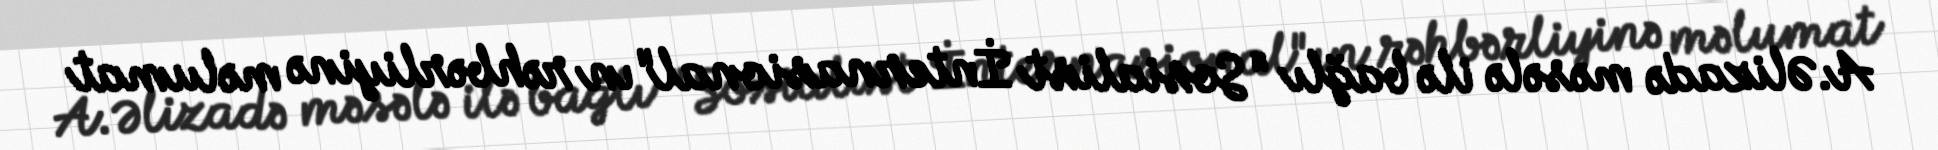
A.Əlizadə məsələ ilə bağlı "Sosialist İnternasional"ın rəhbərliyinə məlumat